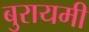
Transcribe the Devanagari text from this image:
बुरायमी